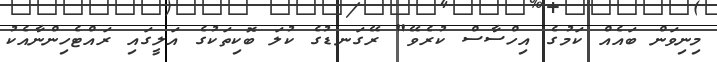
މިނިވަން ބައެއް ކަމުގެ އިހްސާސް ކުރެވޭ" ރޭގަނޑުގެ ކުލަ ބޮކިތަކުގެ އަލީގައި ރައްޓެހިންނާއެކު